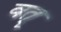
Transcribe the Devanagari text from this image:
वत्